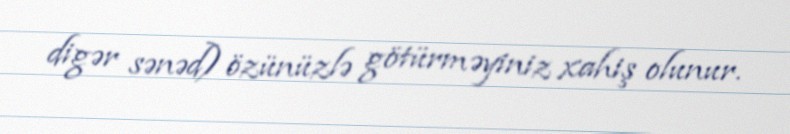
digər sənəd) özünüzlə götürməyiniz xahiş olunur.